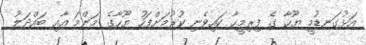
އަޅުގަނޑުމީ ޔޫހާ ގެ ފިރިމީހާ ކައިވެނި ކުރުމަށްފަހު ޔޫހާގެ މަންމަ އާއި ބައްދަލު